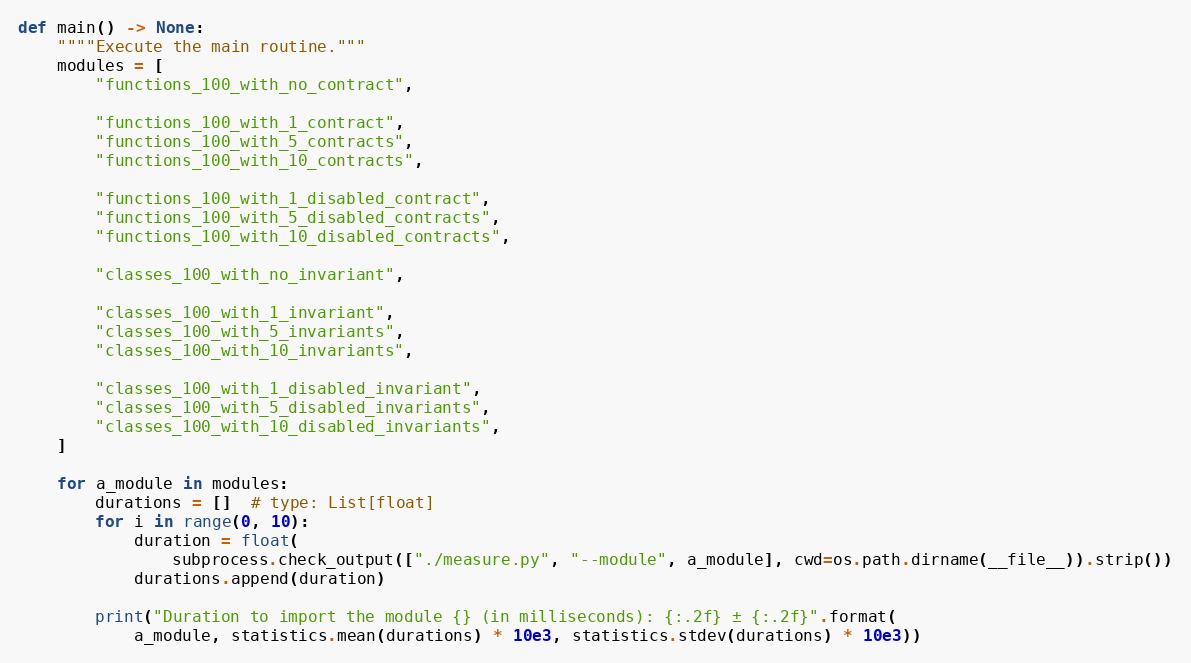
Language: Python
def main() -> None:
    """"Execute the main routine."""
    modules = [
        "functions_100_with_no_contract",

        "functions_100_with_1_contract",
        "functions_100_with_5_contracts",
        "functions_100_with_10_contracts",

        "functions_100_with_1_disabled_contract",
        "functions_100_with_5_disabled_contracts",
        "functions_100_with_10_disabled_contracts",

        "classes_100_with_no_invariant",

        "classes_100_with_1_invariant",
        "classes_100_with_5_invariants",
        "classes_100_with_10_invariants",

        "classes_100_with_1_disabled_invariant",
        "classes_100_with_5_disabled_invariants",
        "classes_100_with_10_disabled_invariants",
    ]

    for a_module in modules:
        durations = []  # type: List[float]
        for i in range(0, 10):
            duration = float(
                subprocess.check_output(["./measure.py", "--module", a_module], cwd=os.path.dirname(__file__)).strip())
            durations.append(duration)

        print("Duration to import the module {} (in milliseconds): {:.2f} ± {:.2f}".format(
            a_module, statistics.mean(durations) * 10e3, statistics.stdev(durations) * 10e3))